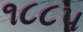
૧૮૮૫